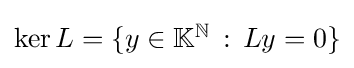
{\textstyle \ker L=\{y\in \mathbb {K} ^{\mathbb {N} }\,:\,Ly=0\}}